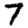
Digit: 7